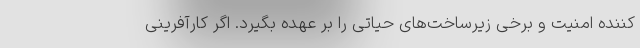
­کننده امنیت و برخی زیرساخت­های حیاتی را بر عهده بگیرد. اگر کارآفرینی